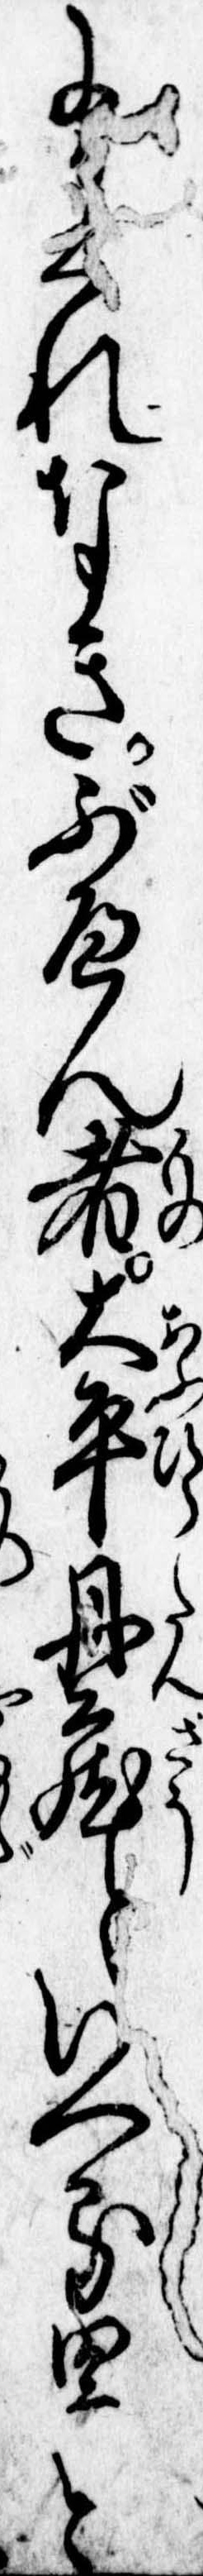
にれなきぶへん者大平丹蔵といへる男と